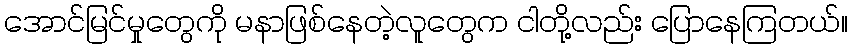
အောင်မြင်မှုတွေကို မနာဖြစ်နေတဲ့လူတွေက ငါတို့လည်း ပြောနေကြတယ်။